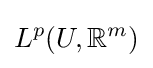
L^{p}(U,\mathbb {R} ^{m})